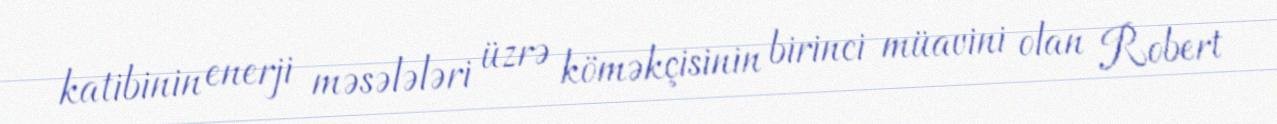
katibinin enerji məsələləri üzrə köməkçisinin birinci müavini olan Robert